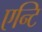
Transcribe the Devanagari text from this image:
एन्टि